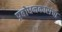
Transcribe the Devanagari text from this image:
प्रबोधनकारांचा